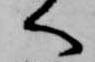
へ